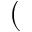
(